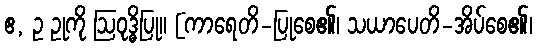
ဧ, ဥ ဥုကို ဩဝုဒ္ဓိပြု။ [ကာရေတိ-ပြုစေ၏၊ သယာပေတိ-အိပ်စေ၏၊